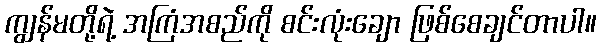
ကျွန်မတို့ရဲ့ အကြံအစည်ကို စင်းလုံးချော ဖြစ်စေချင်တာပါ။